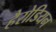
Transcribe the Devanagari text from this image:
हैरोडियन